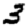
Digit: 3